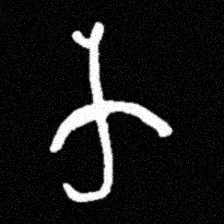
Pyu character \u2014 Myanmar letter: က (romanized: ka)